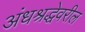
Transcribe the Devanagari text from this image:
अंधश्रद्धेवरील